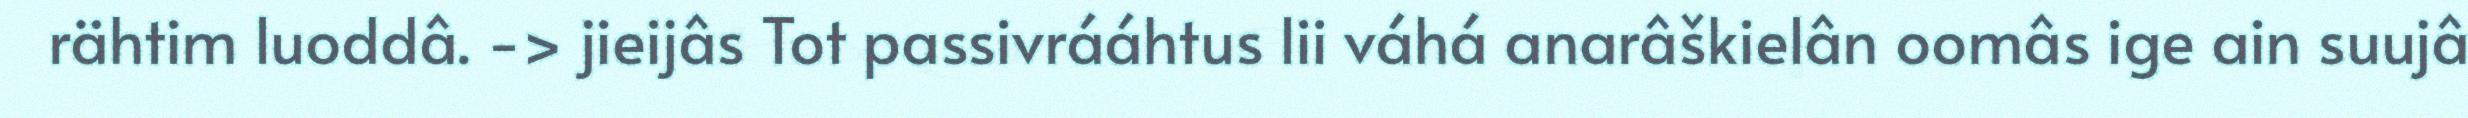
rähtim luoddâ. -> jieijâs Tot passivrááhtus lii váhá anarâškielân oomâs ige ain suujâ